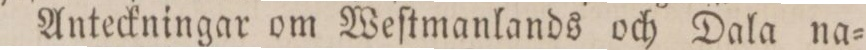
Anteckningar om Weſtmanlands och Dala na=